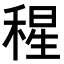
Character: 𥠀